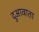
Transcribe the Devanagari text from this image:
दुआवाता